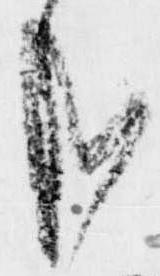
哉